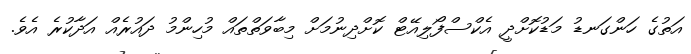
އަތުގެ ހަންގަނޑު މަޑުކޮށްދީ އެކްސްފޯލިއޭޓް ކޮށްދިނުމަށް މިބާވަތްތައް މުހިންމު ދައުރެއް އަދާކުރެ އެވެ.